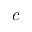
c